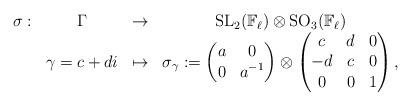
LaTeX: \begin{align*}\begin{array}{cccc}\sigma : & \Gamma & \to & \operatorname{SL}_2(\mathbb{F}_\ell) \otimes \operatorname{SO}_3(\mathbb{F}_\ell)\\& \gamma=c+di & \mapsto & \sigma_{\gamma}:=\left(\begin{matrix} a & 0 \\ 0 & a^{-1} \end{matrix} \right) \otimes \left(\begin{matrix} c & d & 0\\ -d & c & 0\\ 0 & 0 & 1 \end{matrix} \right),\end{array}\end{align*}